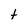
Character: t